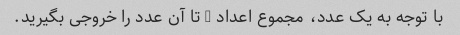
با توجه به یک عدد، مجموع اعداد 1 تا آن عدد را خروجی بگیرید.